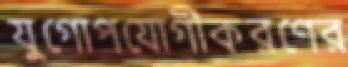
যুগোপযোগীকরণের